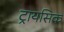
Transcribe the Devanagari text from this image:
ट्रायसिक